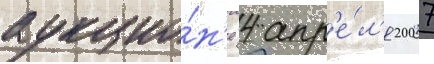
аукцио́н'е 4 апр'е́л'я 2007